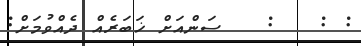
: :   :   ސަންއަށް ޚަބަރެއް ދެއްވުމަށް: